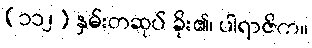
(၁၁၂) နှမ်းတဆုပ် ခိုး၏၊ ပါရာဇိက။